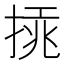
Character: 𢰫